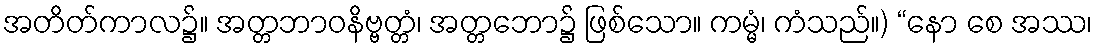
အတိတ်ကာလ၌။ အတ္တဘာဝနိဗ္ဗတ္တံ၊ အတ္တဘော၌ ဖြစ်သော။ ကမ္မံ၊ ကံသည်။) “နော စေ အဿ၊